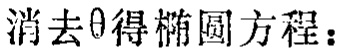
消去\(\theta\)得椭圆方程：